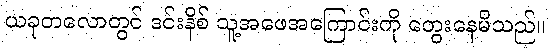
ယခုတလောတွင် ဒင်းနိစ် သူ့အဖေအကြောင်းကို တွေးနေမိသည်။